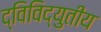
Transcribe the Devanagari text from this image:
द्विविद्युतीय